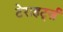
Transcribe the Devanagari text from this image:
टेराहर्ट्ज़